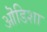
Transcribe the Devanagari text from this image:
ऒडिशा